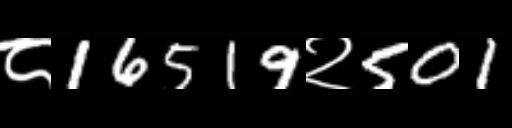
Text: ८16519२501